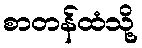
စာတန်ထံသို့